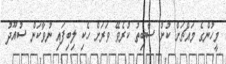
މީހުންގެ މައްޗަށް ކުށް ސާބިތު ކުރެވޭ ވަރަށް ހެކި ލިބިފައި ނުވާކަން ސުއޫދު